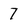
Character: 7